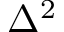
\Delta ^ { 2 }